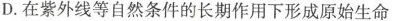
D.在紫外线等自然条件的长期作用下形成原始生命